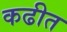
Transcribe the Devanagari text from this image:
कढीत